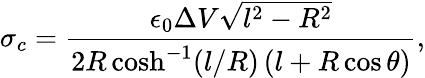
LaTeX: \sigma_{c}=\frac{\epsilon_{0}\Delta V\sqrt{l^{2}-R^{2}}}{2R\cosh^{-1}(l/R)\, (l+R\cos\theta)},